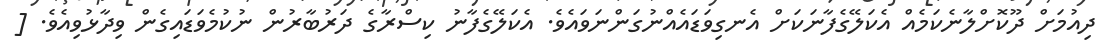
ދިއުމަށް ދޫކޮށްލާނެކަމެއް އެކަލޭގެފާނަކަށް އެނގިވަޑައެއްނުގަންނަވައެވެ. އެކަލޭގެފާނު ކިސްރާގެ ދަރުބާރުން ނުކުމެވަޑައިގެން ވިދާޅުވިއެވެ. [